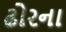
ઢોરના